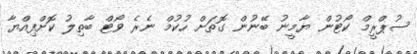
ސުޕްރީމް ކޯޓުން ޔާމީނު ބޭނުން ގޮތަށް ހުކުމް ނެރެ ވޯޓް ބާތިލު ކޮށްފިއްޔާ